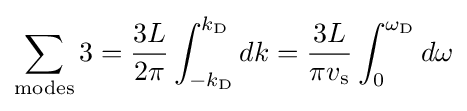
\sum _{\rm {modes}}3={\frac {3L}{2\pi }}\int _{-k_{\rm {D}}}^{k_{\rm {D}}}dk={\frac {3L}{\pi v_{\rm {s}}}}\int _{0}^{\omega _{\rm {D}}}d\omega